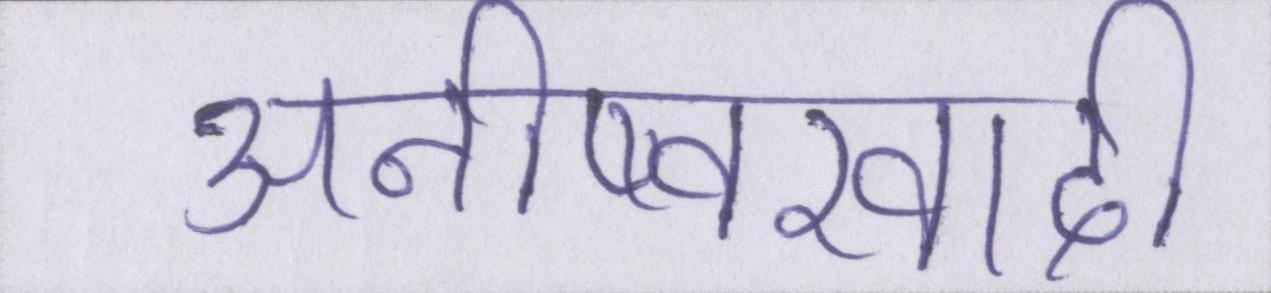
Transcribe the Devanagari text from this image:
अनीष्वरवादी